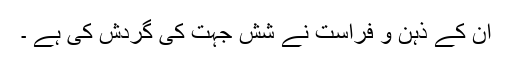
ان کے ذہن و فراست نے شش جہت کی گردش کی ہے ۔